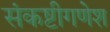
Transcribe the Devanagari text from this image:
संकष्टीगणेश